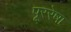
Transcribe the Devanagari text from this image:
पूररेषा